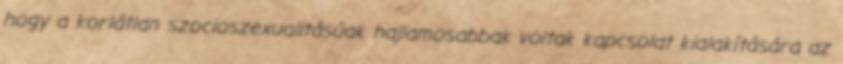
hogy a korlátlan szocioszexualitásúak hajlamosabbak voltak kapcsolat kialakítására az